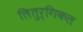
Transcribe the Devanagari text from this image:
लितुर्गिकल